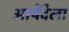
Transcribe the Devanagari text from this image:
आयेंदेला